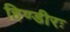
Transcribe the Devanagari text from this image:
हिण्डीरः